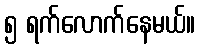
၅ ရက်လောက်နေမယ်။